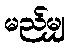
မည်မျှ